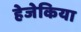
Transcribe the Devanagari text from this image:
हेजेकिया